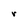
Character: r